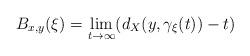
LaTeX: \begin{align*} B_{x,y}(\xi)=\lim_{t\rightarrow \infty}(d_X(y,\gamma_\xi(t))-t)\end{align*}